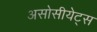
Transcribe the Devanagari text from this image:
असोसीयेट्स